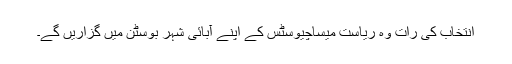
انتخاب کی رات وہ ریاست میساچیوسٹس کے اپنے آبائی شہر بوسٹن میں گزاریں گے۔